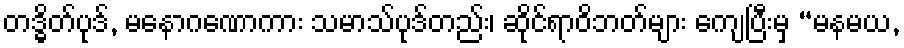
တဒ္ဓိတ်ပုဒ်, မနောဂဏောကား သမာသ်ပုဒ်တည်း၊ ဆိုင်ရာဝိဘတ်များ ကျေပြီးမှ “မနမယ,